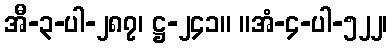
အီ-၃-ပါ-၂၈၇၊ ဋ္ဌ-၂၄၁။ ။အံ-၄-ပါ-၅၂၂၊